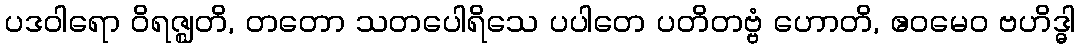
ပဒဝါရော ဝိရဇ္ဈတိ, တတော သတပေါရိသေ ပပါတေ ပတိတဗ္ဗံ ဟောတိ, ဧဝမေဝ ဗဟိဒ္ဓါ